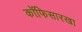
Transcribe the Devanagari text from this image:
कॉफिसारखा